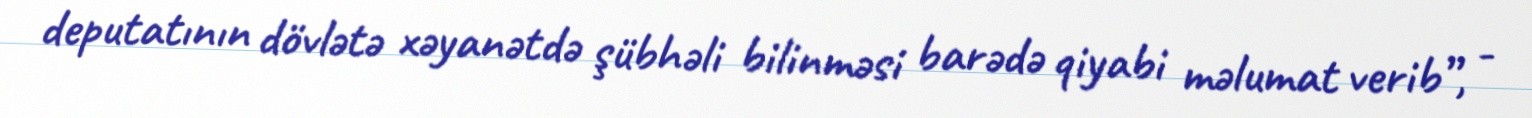
deputatının dövlətə xəyanətdə şübhəli bilinməsi barədə qiyabi məlumat verib”, -